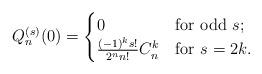
LaTeX: \begin{align*}Q_n^{(s)}(0) = \begin{cases} 0 & \hbox{for odd } s; \\ \frac{(-1)^k s!}{2^n n!} C_n^k & \hbox{for } s = 2k.\end{cases}\end{align*}